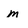
Character: m